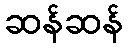
ဆန်ဆန်